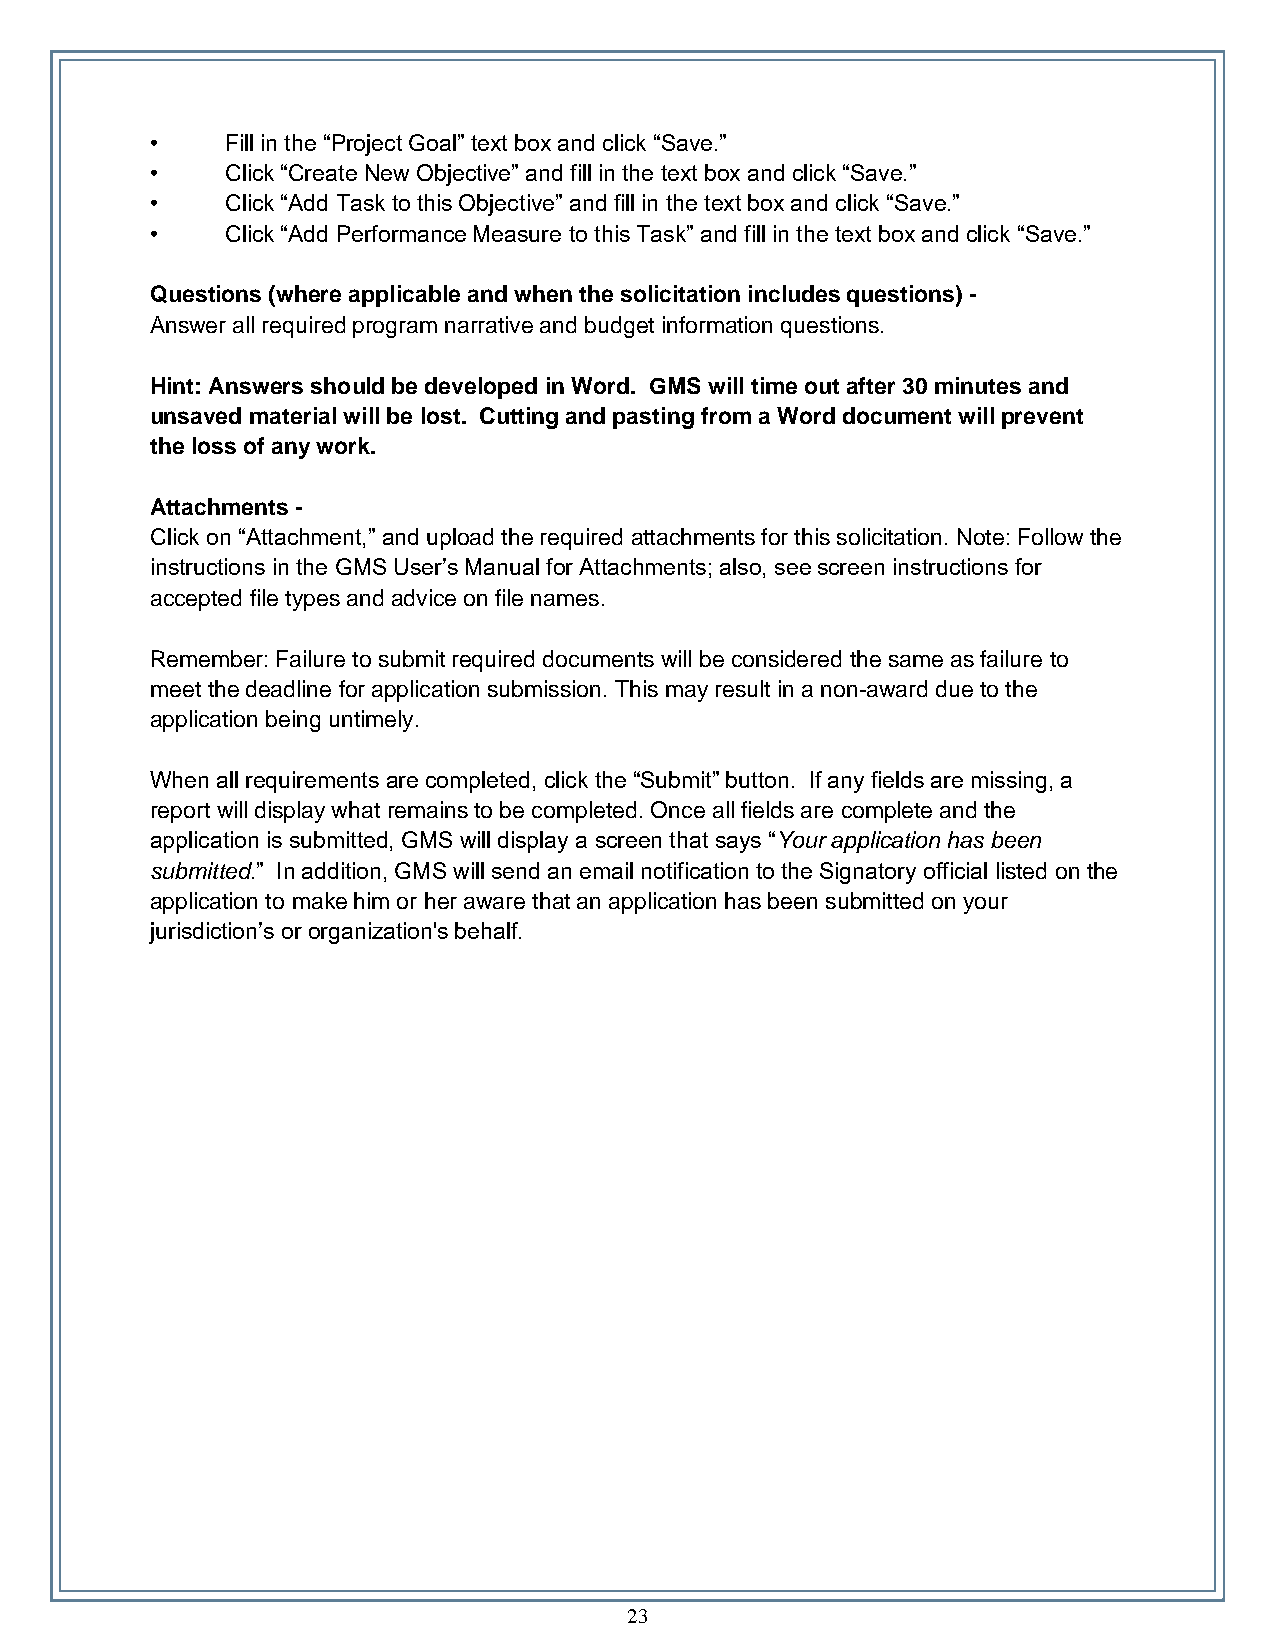
•    Fill in the “Project Goal” text box and click “Save.”
 •    Click “Create New Objective” and fill in the text box and click “Save.”
 •    Click “Add Task to this Objective” and fill in the text box and click “Save.”
 •    Click “Add Performance Measure to this Task” and fill in the text box and click “Save.”
 Questions (where applicable and when the solicitation includes questions) -
 Answer all required program narrative and budget information questions.
 Hint: Answers should be developed in Word. GMS will time out after 30 minutes and
 unsaved material will be lost. Cutting and pasting from a Word document will prevent
 the loss of any work.
 Attachments -
 Click on “Attachment,” and upload the required attachments for this solicitation. Note: Follow the
 instructions in the GMS User’s Manual for Attachments; also, see screen instructions for
 accepted file types and advice on file names.
 Remember: Failure to submit required documents will be considered the same as failure to
 meet the deadline for application submission. This may result in a non-award due to the
 application being untimely.
 When all requirements are completed, click the “Submit” button. If any fields are missing, a
 report will display what remains to be completed. Once all fields are complete and the
 application is submitted, GMS will display a screen that says “Your application has been
 submitted.” In addition, GMS will send an email notification to the Signatory official listed on the
 application to make him or her aware that an application has been submitted on your
 jurisdiction’s or organization's behalf.
 23